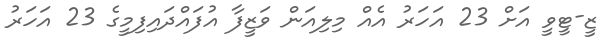
ޒީ-ޓީވީ އަށް 23 އަހަރު އެއް މިލިއަން ވަޒީފާ އުފައްދައިފިމީގެ 23 އަހަރު